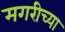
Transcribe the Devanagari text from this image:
मगरीच्या